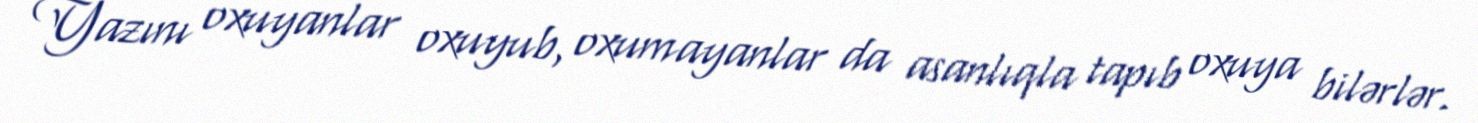
Yazını oxuyanlar oxuyub, oxumayanlar da asanlıqla tapıb oxuya bilərlər.